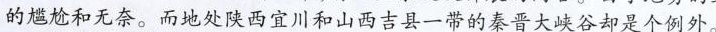
的尴尬和无奈。而地处陕西宜川和山西吉县一带的秦晋大峡谷却是个例外。分)